Report on the working of the Ranchi Indian Mental Hospital, Kanke, in Bihar and Orissa - 1930-1940
Year: 1930
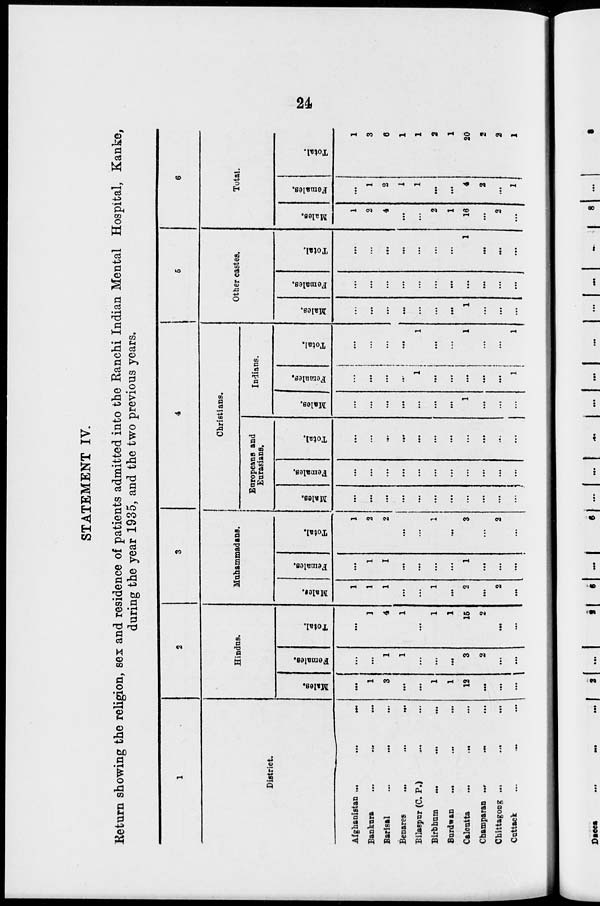
24
STATEMENT IV.
Return showing the religion, sex and residence of patients admitted into the Ranchi Indian Mental Hospital, Kanke,
during the year 1935, and the two previous years.
1
District.
Afghanistan ... ... ...
Bankura ... ... ...
Barisal ... ... ...
Benares
...
...
...
Bilaspur (C. P.) ... ...
Birbhum
... ... ...
Burdwan ... ... ...
Calcutta
...
...
...
Champaran ... ... ...
Chittagong
...
...
...
Cuttack ... ... ...
2
Hindus.
Males.
...
1
3
...
...
1
1
12
...
...
...
Females.
...
...
1
1
...
...
...
3
2
...
...
Total.
...
1
4
1
..
1
1
15
2
...
...
3
Muhammadans.
Males.
1
1
1
..
...
1
...
2
...
2
...
Females.
..
1
1
...
...
...
...
1
...
...
...
Total.
1
2
2
...
...
...
...
3
...
2
...
4
Christians.
Europeans and
Eurasians.
Males.
...
...
...
...
...
...
...
...
...
...
...
Females.
...
...
...
..
...
...
...
..
...
...
...
Total.
...
...
...
...
...
...
...
...
...
...
...
Indians.
Males.
...
...
...
...
...
...
...
1
..
...
...
Females.
...
...
...
...
1
...
...
...
...
...
1
Total.
...
...
...
...
1
...
...
1
...
1
5
Other castes.
Males.
...
...
...
...
...
...
...
1
...
...
...
Females.
...
..
...
...
...
...
...
...
...
...
...
Total.
..
...
...
...
...
...
...
1
...
...
. . .
6
Total.
Males.
1
2
4
...
...
2
1
16
...
2
...
Females.
...
1
2
1
1
...
...
4
2
...
1
Total.
1
3
6
1
1
2
1
20
2
2
1